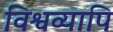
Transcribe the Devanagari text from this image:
विश्वव्यापि